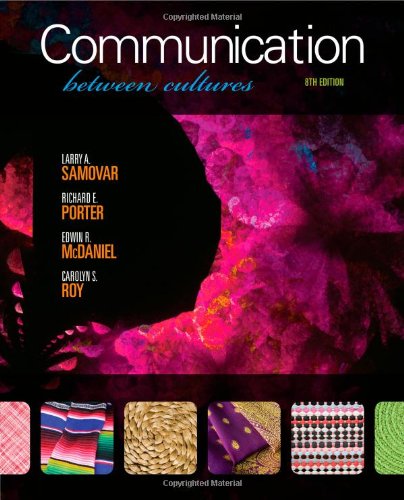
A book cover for Communication Between Cultures; Larry A. Samovar; Humor & Entertainment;